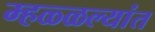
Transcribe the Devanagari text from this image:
म्हळ्ळल्यांत